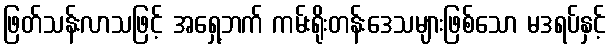
ဖြတ်သန်းလာသဖြင့် အရှေ့ဘက် ကမ်းရိုးတန်းဒေသများဖြစ်သော မဒရပ်နှင့်